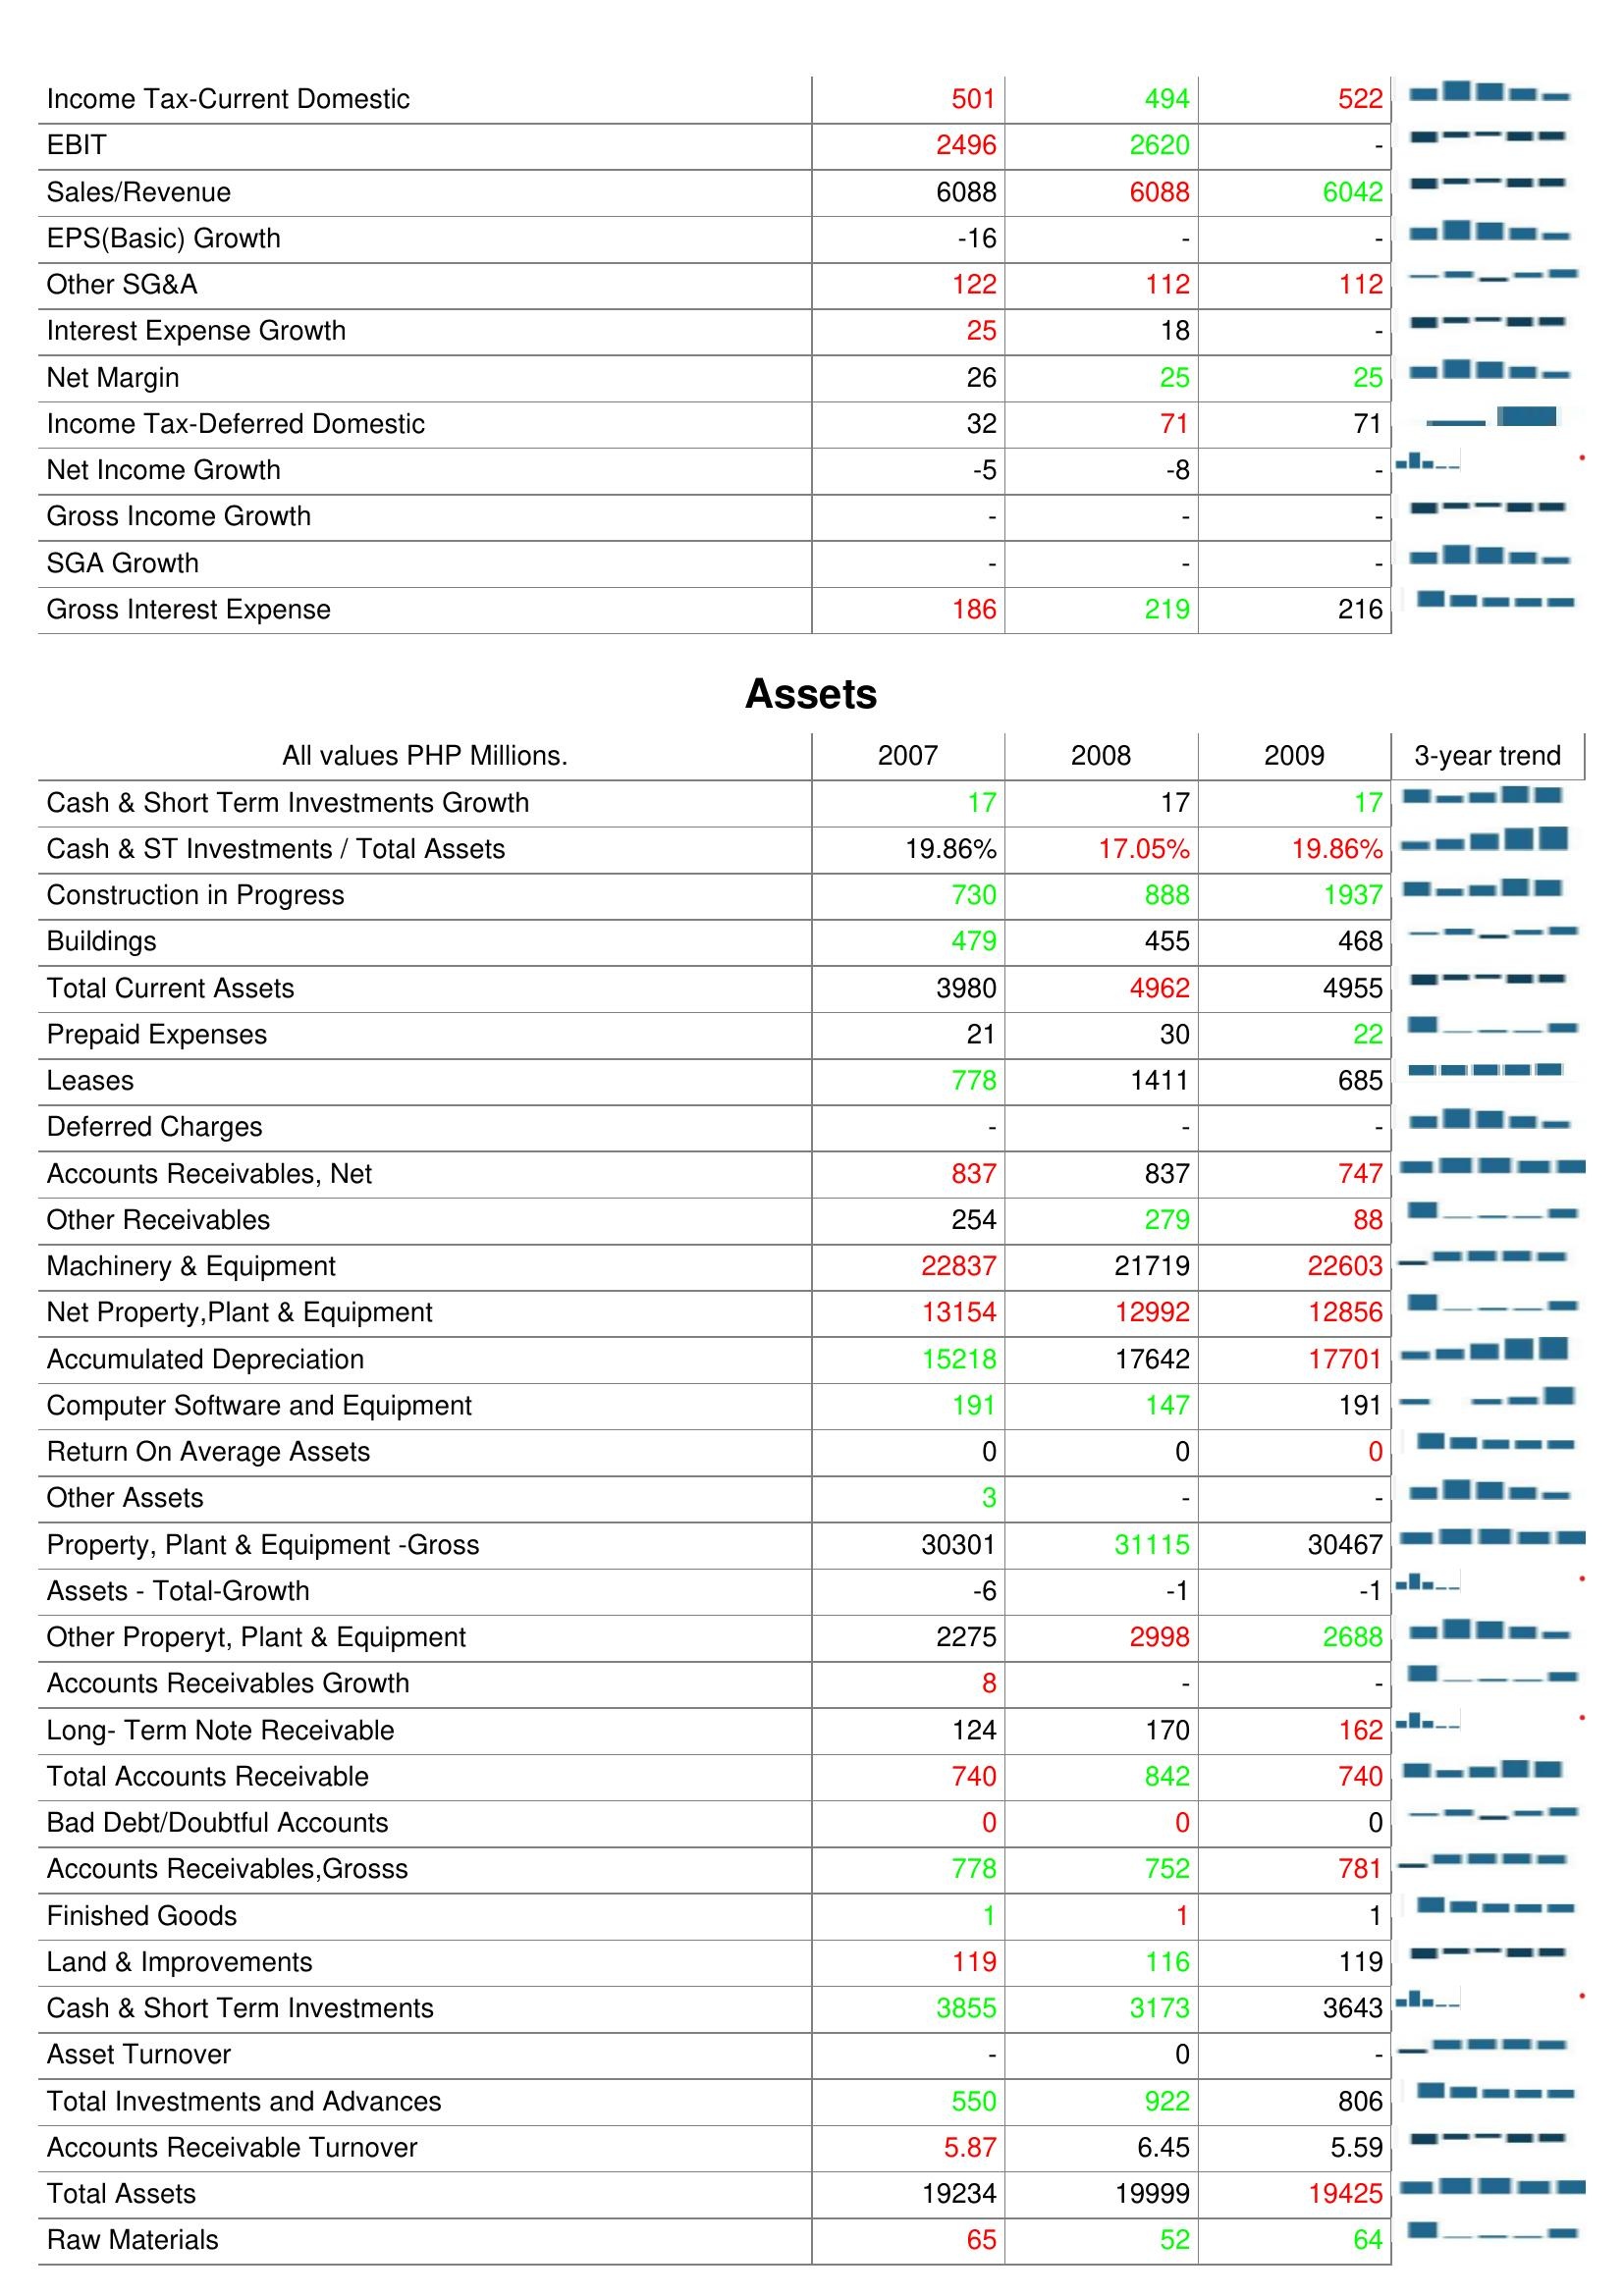
2007: : Income Tax-Current Domestic: 501
EBIT: 2496
Sales/Revenue: 6088
EPS(Basic) Growth: -16
Other SG&A: 122
Interest Expense Growth: 25
Net Margin: 26
Income Tax-Deferred Domestic: 32
Net Income Growth: -5
Gross Income Growth: -
SGA Growth: -
Gross Interest Expense: 186
Assets: Cash & Short Term Investments Growth: 17
Cash & ST Investments / Total Assets: 19.86%
Construction in Progress: 730
Buildings: 479
Total Current Assets: 3980
Prepaid Expenses: 21
Leases: 778
Deferred Charges: -
Accounts Receivables, Net: 837
Other Receivables: 254
Machinery & Equipment: 22837
Net Property,Plant & Equipment: 13154
Accumulated Depreciation: 15218
Computer Software and Equipment: 191
Return On Average Assets: 0
Other Assets: 3
Property, Plant & Equipment -Gross: 30301
Assets - Total-Growth: -6
Other Properyt, Plant & Equipment: 2275
Accounts Receivables Growth: 8
Long- Term Note Receivable: 124
Total Accounts Receivable: 740
Bad Debt/Doubtful Accounts: 0
Accounts Receivables,Grosss: 778
Finished Goods: 1
Land & Improvements: 119
Cash & Short Term Investments: 3855
Asset Turnover: -
Total Investments and Advances: 550
Accounts Receivable Turnover: 5.87
Total Assets: 19234
Raw Materials: 65
2008: : Income Tax-Current Domestic: 494
EBIT: 2620
Sales/Revenue: 6088
EPS(Basic) Growth: -
Other SG&A: 112
Interest Expense Growth: 18
Net Margin: 25
Income Tax-Deferred Domestic: 71
Net Income Growth: -8
Gross Income Growth: -
SGA Growth: -
Gross Interest Expense: 219
Assets: Cash & Short Term Investments Growth: 17
Cash & ST Investments / Total Assets: 17.05%
Construction in Progress: 888
Buildings: 455
Total Current Assets: 4962
Prepaid Expenses: 30
Leases: 1411
Deferred Charges: -
Accounts Receivables, Net: 837
Other Receivables: 279
Machinery & Equipment: 21719
Net Property,Plant & Equipment: 12992
Accumulated Depreciation: 17642
Computer Software and Equipment: 147
Return On Average Assets: 0
Other Assets: -
Property, Plant & Equipment -Gross: 31115
Assets - Total-Growth: -1
Other Properyt, Plant & Equipment: 2998
Accounts Receivables Growth: -
Long- Term Note Receivable: 170
Total Accounts Receivable: 842
Bad Debt/Doubtful Accounts: 0
Accounts Receivables,Grosss: 752
Finished Goods: 1
Land & Improvements: 116
Cash & Short Term Investments: 3173
Asset Turnover: 0
Total Investments and Advances: 922
Accounts Receivable Turnover: 6.45
Total Assets: 19999
Raw Materials: 52
2009: : Income Tax-Current Domestic: 522
EBIT: -
Sales/Revenue: 6042
EPS(Basic) Growth: -
Other SG&A: 112
Interest Expense Growth: -
Net Margin: 25
Income Tax-Deferred Domestic: 71
Net Income Growth: -
Gross Income Growth: -
SGA Growth: -
Gross Interest Expense: 216
Assets: Cash & Short Term Investments Growth: 17
Cash & ST Investments / Total Assets: 19.86%
Construction in Progress: 1937
Buildings: 468
Total Current Assets: 4955
Prepaid Expenses: 22
Leases: 685
Deferred Charges: -
Accounts Receivables, Net: 747
Other Receivables: 88
Machinery & Equipment: 22603
Net Property,Plant & Equipment: 12856
Accumulated Depreciation: 17701
Computer Software and Equipment: 191
Return On Average Assets: 0
Other Assets: -
Property, Plant & Equipment -Gross: 30467
Assets - Total-Growth: -1
Other Properyt, Plant & Equipment: 2688
Accounts Receivables Growth: -
Long- Term Note Receivable: 162
Total Accounts Receivable: 740
Bad Debt/Doubtful Accounts: 0
Accounts Receivables,Grosss: 781
Finished Goods: 1
Land & Improvements: 119
Cash & Short Term Investments: 3643
Asset Turnover: -
Total Investments and Advances: 806
Accounts Receivable Turnover: 5.59
Total Assets: 19425
Raw Materials: 64